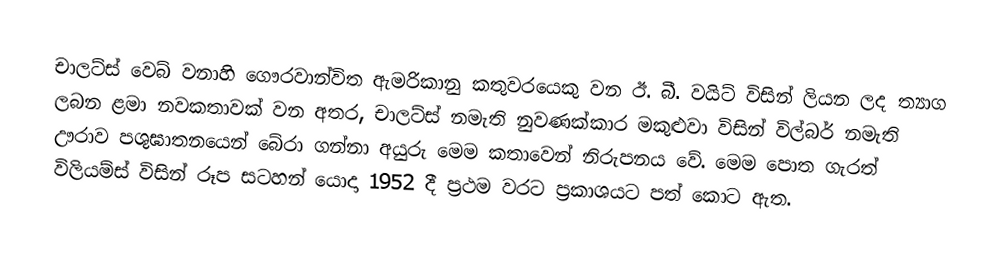
චාලට්ස් වෙබ් වනාහි ගෞරවාන්විත ඇමරිකානු කතුවරයෙකු වන ඊ. බී. වයිට් විසින් ලියන ලද ත්‍යාග ලබන ළමා නවකතාවක් වන අතර, චාලට්ස් නමැති නුවණක්කාර මකුළුවා විසින් විල්බර් නමැති ඌරාව පශුඝාතනයෙන් බේරා ගන්නා අයුරු මෙම කතාවෙන් නිරුපනය වේ. මෙම පොත ගැරත් විලියම්ස් විසින් රූප සටහන් යොදා 1952 දී ප්‍රථම වරට ප්‍රකාශයට පත් කොට ඇත.